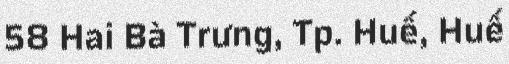
58 Hai Bà Trưng, Tp. Huế, Huế